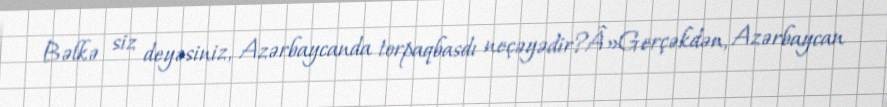
Bəlkə siz deyəsiniz, Azərbaycanda torpaqbasdı neçəyədir?Â»Gerçəkdən, Azərbaycan